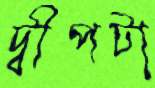
দ্বীপটা